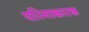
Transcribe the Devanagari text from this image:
परिनाकारक